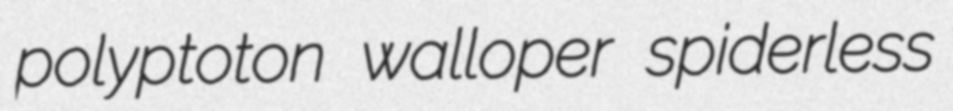
polyptoton walloper spiderless